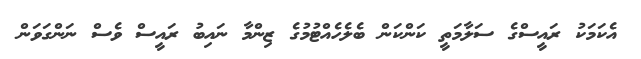
އެކަަމަކު ރައީސްގެ ސަލާމަތީ ކަންކަން ބެލެހެއްޓުުމުގެ ޒިންމާ ނައިބު ރައީސް ވެސް ނަންގަވަން